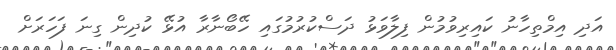
އަދި އިމްތިހާނު ކައިރިވުމުން ފިލާވަޅު ދަސްކުރުމުގައި ހޭބޯނާރާ އުޅޭ ކުދިން ގިނަ ފަހަރަށް